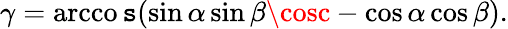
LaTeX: \gamma=\operatorname{arcco\mathtt{s}}(\sin\alpha\sin\beta\cosc-\cos\alpha\cos\beta).